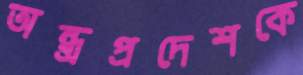
অন্ধ্রপ্রদেশকে